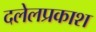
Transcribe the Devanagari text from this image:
दलेलप्रकाश